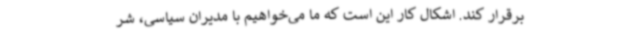
برقرار کند. اشکال کار این است که ما می‌خواهیم با مدیران سیاسی، شر